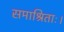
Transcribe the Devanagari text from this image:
समाश्रिताः।